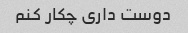
دوست داری چکار کنم